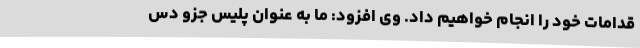
قدامات خود را انجام خواهیم داد. وی افزود: ما به عنوان پلیس جزو دس